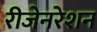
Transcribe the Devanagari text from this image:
रीजेनरेशन